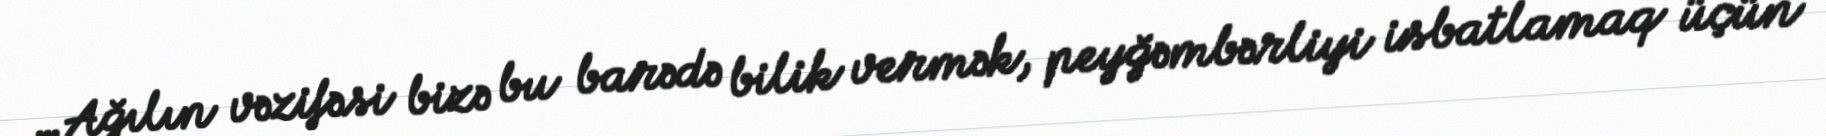
…Ağılın vəzifəsi bizə bu barədə bilik vermək, peyğəmbərliyi isbatlamaq üçün